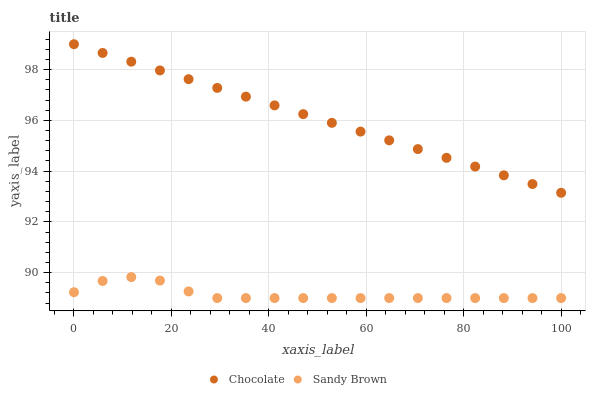
| xaxis_label | Chocolate | Sandy Brown |
 | --- | --- | --- |
 | 0 | 99 | 89.2 |
 | 5.88 | 98.7 | 89.7 |
 | 11.8 | 98.3 | 89.8 |
 | 17.6 | 98 | 89.7 |
 | 23.5 | 97.6 | 89.3 |
 | 29.4 | 97.3 | 89 |
 | 35.3 | 96.9 | 89 |
 | 41.2 | 96.6 | 89 |
 | 47.1 | 96.2 | 89 |
 | 52.9 | 95.9 | 89 |
 | 58.8 | 95.6 | 89 |
 | 64.7 | 95.2 | 89 |
 | 70.6 | 94.9 | 89 |
 | 76.5 | 94.5 | 89 |
 | 82.4 | 94.2 | 89 |
 | 88.2 | 93.8 | 89 |
 | 94.1 | 93.5 | 89 |
 | 100 | 93.1 | 89 |